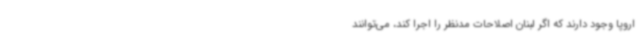
اروپا وجود دارند که اگر لبنان اصلاحات مدنظر را اجرا کند، می‌توانند